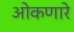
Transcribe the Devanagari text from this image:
ओकणारे